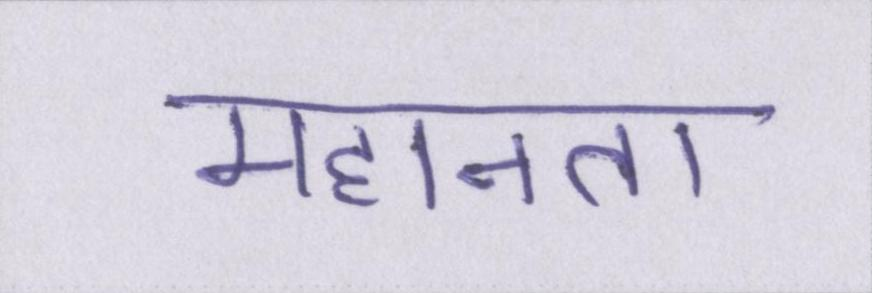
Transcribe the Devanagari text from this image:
महानता